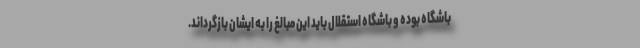
باشگاه بوده و باشگاه استقلال باید این مبالغ را به ایشان بازگرداند.